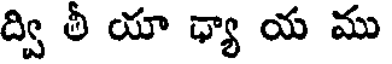
ద్వి తీ యా ధ్యా య ము